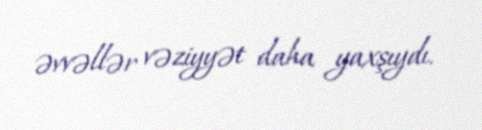
əvvəllər vəziyyət daha yaxşıydı.